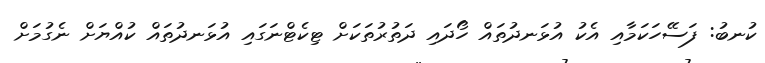
ކުނބު: ފަސޭހަކަމާއި އެކު އުޅަނދުތައް ހޯދައި ދަތުރުތަކަށް ޓިކެޓްނަގައި އުޅަނދުތައް ކުއްޔަށް ނެގުމަށް